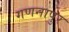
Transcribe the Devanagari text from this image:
गणनापुर